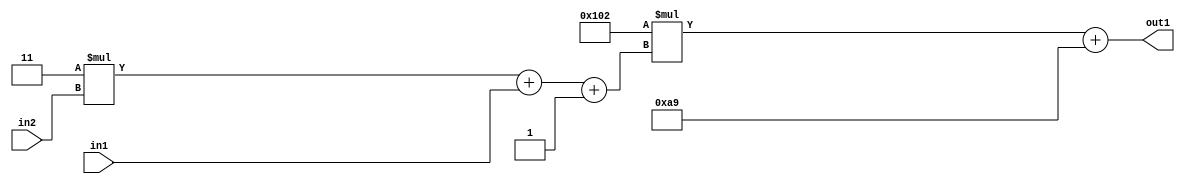
`timescale 1ps / 1ps
/*****************************************************************************
    Verilog RTL Description
    
    
    Created by: Stratus DpOpt 2019.1.01 
*******************************************************************************/

module DC_Filter_Add2i169Mul2i258Add3i1u1Mul2i3u2_1 (
	in2,
	in1,
	out1
	); /* architecture "behavioural" */ 
input [1:0] in2;
input  in1;
output [11:0] out1;
wire [11:0] asc001;
wire [3:0] asc002;

wire [3:0] asc002_tmp_0;
wire [3:0] asc002_tmp_1;
assign asc002_tmp_1 = 
	+(4'B0011 * in2);
assign asc002_tmp_0 = asc002_tmp_1
	+(in1);
assign asc002 = asc002_tmp_0
	+(4'B0001);

wire [11:0] asc001_tmp_2;
assign asc001_tmp_2 = 
	+(12'B000100000010 * asc002);
assign asc001 = asc001_tmp_2
	+(12'B000010101001);

assign out1 = asc001;
endmodule

/* CADENCE  vrTwSAk= : u9/ySgnWtBlWxVPRXgAZ4Og= ** DO NOT EDIT THIS LINE ******/